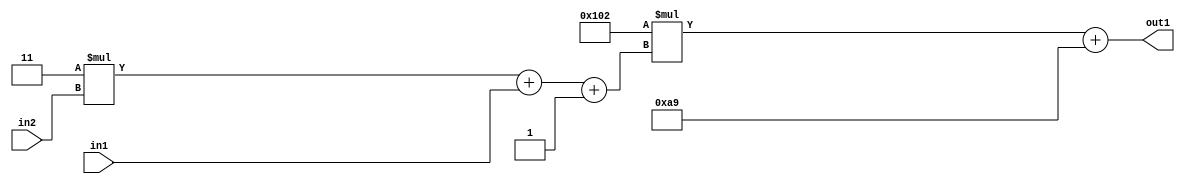
`timescale 1ps / 1ps
/*****************************************************************************
    Verilog RTL Description
    
    
    Created by: Stratus DpOpt 2019.1.01 
*******************************************************************************/

module DC_Filter_Add2i169Mul2i258Add3i1u1Mul2i3u2_1 (
	in2,
	in1,
	out1
	); /* architecture "behavioural" */ 
input [1:0] in2;
input  in1;
output [11:0] out1;
wire [11:0] asc001;
wire [3:0] asc002;

wire [3:0] asc002_tmp_0;
wire [3:0] asc002_tmp_1;
assign asc002_tmp_1 = 
	+(4'B0011 * in2);
assign asc002_tmp_0 = asc002_tmp_1
	+(in1);
assign asc002 = asc002_tmp_0
	+(4'B0001);

wire [11:0] asc001_tmp_2;
assign asc001_tmp_2 = 
	+(12'B000100000010 * asc002);
assign asc001 = asc001_tmp_2
	+(12'B000010101001);

assign out1 = asc001;
endmodule

/* CADENCE  vrTwSAk= : u9/ySgnWtBlWxVPRXgAZ4Og= ** DO NOT EDIT THIS LINE ******/